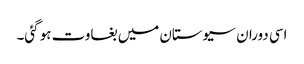
اسی دوران سیوستان میں بغاوت ہو گئی۔